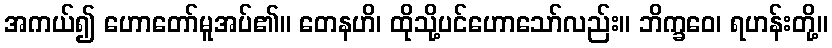
အကယ်၍ ဟောတော်မူအပ်၏။ တေနဟိ၊ ထိုသို့ပင်ဟောသော်လည်း။ ဘိက္ခဝေ၊ ရဟန်းတို့။